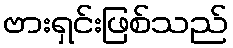
ဗားရှင်းဖြစ်သည်